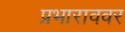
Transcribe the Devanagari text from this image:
प्रभाराववर